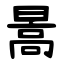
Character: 暠